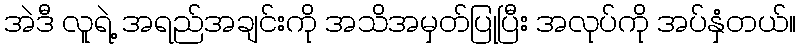
အဲဒီ လူရဲ့ အရည်အချင်းကို အသိအမှတ်ပြုပြီး အလုပ်ကို အပ်နှံတယ်။